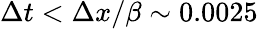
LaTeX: \Delta t<\Delta x/\beta\sim 0.0025